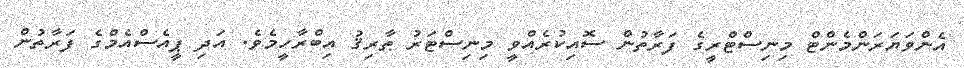
އެންވަޔަރަންމެންޓް މިނިސްޓްރީގެ ފަރާތުން ސޮއިކުރެއްވީ މިނިސްޓަރު ޠާރިޤު އިބްރާހީމެވެ. އަދި ޕީއެސްއެމްގެ ފަރާތުން